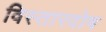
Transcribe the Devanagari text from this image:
विस्तारदोष